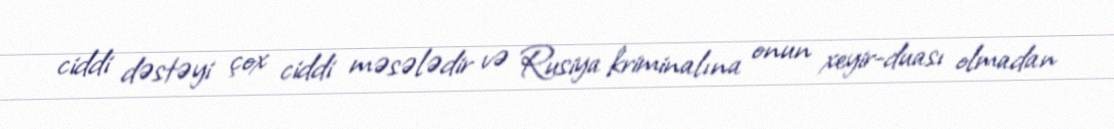
ciddi dəstəyi çox ciddi məsələdir və Rusiya kriminalına onun xeyir-duası olmadan